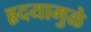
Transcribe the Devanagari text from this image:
हृदयामुळे